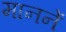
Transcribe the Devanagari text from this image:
माननें